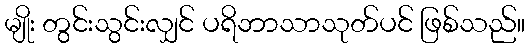
မျိုး တွင်းသွင်းလျှင် ပရိဘာသာသုတ်ပင် ဖြစ်သည်။